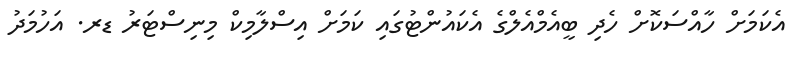
އެކަމަށް ހާއްސަކޮށް ހެދި ބީއެމްއެލްގެ އެކައުންޓުގައި ކަމަށް އިސްލާމިކް މިނިސްޓަރު ޑރ. އަހުމަދު